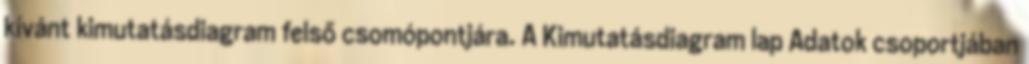
kívánt kimutatásdiagram felső csomópontjára. A Kimutatásdiagram lap Adatok csoportjában